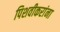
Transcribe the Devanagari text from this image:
पिशवीकरांना